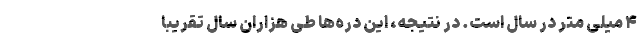
۴ میلی متر در سال است. در نتیجه، این دره‌ها طی هزاران سال تقریباً